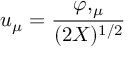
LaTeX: u _ { \mu } = { \frac { \varphi , _ { \mu } } { ( 2 X ) ^ { 1 / 2 } } }